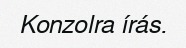
Konzolra írás.